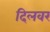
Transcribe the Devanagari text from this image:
दिलवर